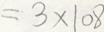
= 3 \times 1 0 8